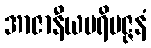
အာဇာနီယပရိမဇ္ဇနံ